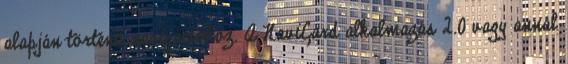
alapján történő navigációhoz. A NaviCard alkalmazás 2.0 vagy annál